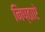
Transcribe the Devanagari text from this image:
निष्ठाऐ